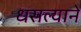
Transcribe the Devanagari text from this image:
धसल्याने